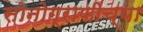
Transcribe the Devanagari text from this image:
सोनोग्राफीच्या